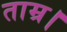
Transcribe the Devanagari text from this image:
ताम्र।